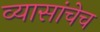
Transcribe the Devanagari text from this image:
व्यासांचेच